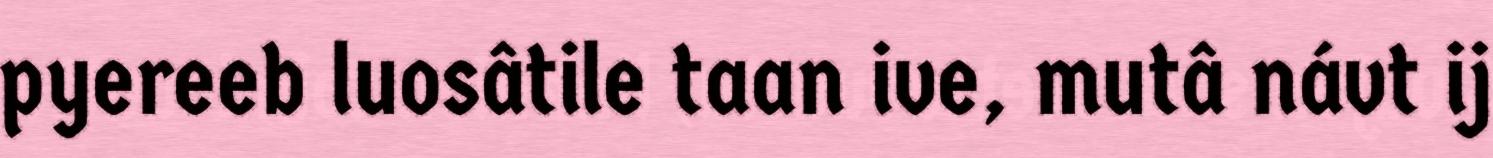
pyereeb luosâtile taan ive, mutâ návt ij